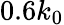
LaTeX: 0.6k_{0}